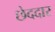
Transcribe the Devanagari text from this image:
छेददार